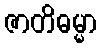
ဇာတိဓမ္မာ